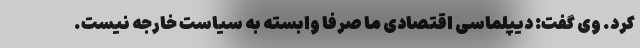
کرد. وی گفت: دیپلماسی اقتصادی ما صرفا وابسته به سیاست خارجه نیست.